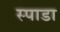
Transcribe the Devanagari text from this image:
स्पाडा